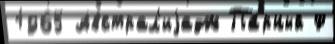
1965 Австрал'иjадж Па́рный Ф